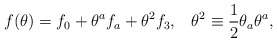
\begin{align*}f(\theta)=f_0+\theta^a f_a+\theta^2 f_3, \;\;\; \theta^2\equiv\frac{1}{2}\theta_a\theta^a,\end{align*}